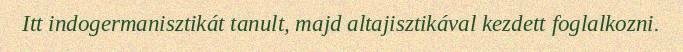
Itt indogermanisztikát tanult, majd altajisztikával kezdett foglalkozni.